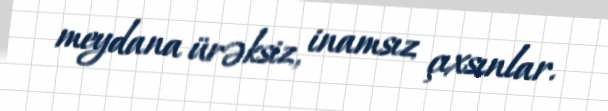
meydana ürəksiz, inamsız çıxsınlar.